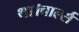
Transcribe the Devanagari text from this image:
था।चार्ल्स